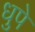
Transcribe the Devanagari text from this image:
धुपे